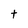
Character: t